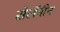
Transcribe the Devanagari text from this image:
सेलॅनीन